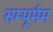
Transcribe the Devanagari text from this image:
सम्पूर्मम